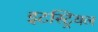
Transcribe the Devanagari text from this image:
इटस्ट्रियल